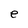
Character: e